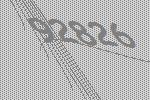
92826